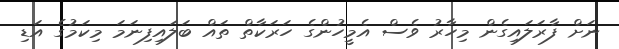
ނަށް ފާރަލައިގެން މިހާރު ވެސް އެމީހުންގެ ހަރަކާތް ތައް ބަލައިފިނަމަ މިކަމުގެ އަޑި